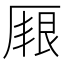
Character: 𠪏